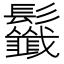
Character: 𩰁